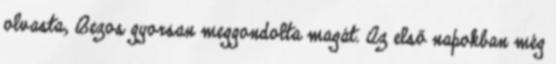
olvasta, Bezos gyorsan meggondolta magát. Az első napokban még